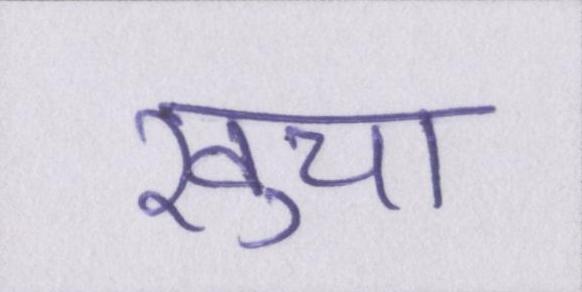
खुचा